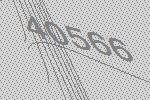
40566